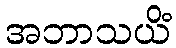
အဘာသယိံ